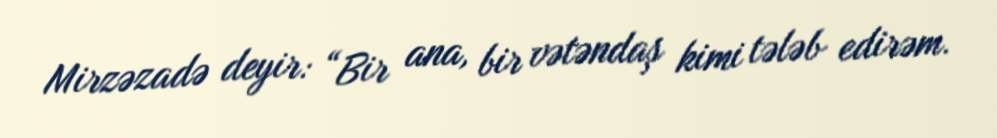
Mirzəzadə deyir: “Bir ana, bir vətəndaş kimi tələb edirəm.